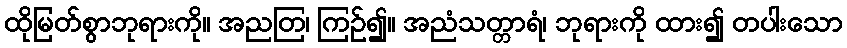
ထိုမြတ်စွာဘုရားကို။ အညတြ၊ ကြဉ်၍။ အညံသတ္တာရံ၊ ဘုရားကို ထား၍ တပါးသော